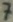
Text: 7